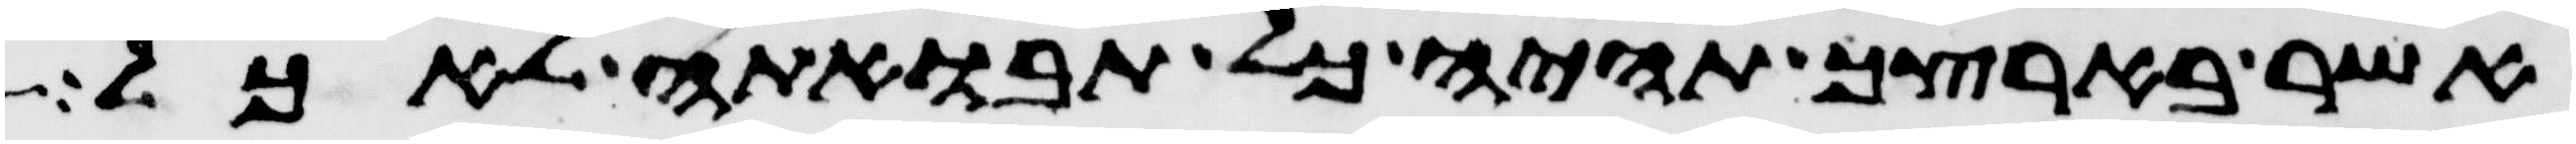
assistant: אשר בארצך תהיה כל תבואתה לאכל